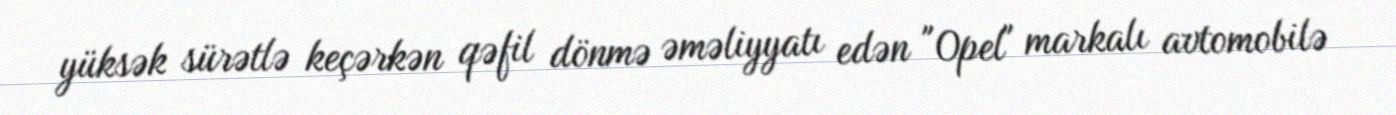
yüksək sürətlə keçərkən qəfil dönmə əməliyyatı edən "Opel" markalı avtomobilə